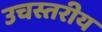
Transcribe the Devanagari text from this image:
उचस्तरीय